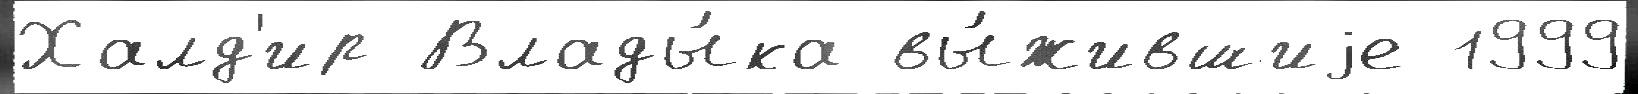
Халд'ир Влады́ка вы́жившиjе 1999